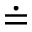
\doteq